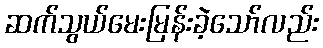
ဆက်သွယ်မေးမြန်းခဲ့သော်လည်း